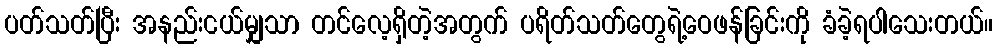
ပတ်သတ်ပြီး အနည်းငယ်မျှသာ တင်လေ့ရှိတဲ့အတွက် ပရိတ်သတ်တွေရဲ့ဝေဖန်ခြင်းကို ခံခဲ့ရပါသေးတယ်။